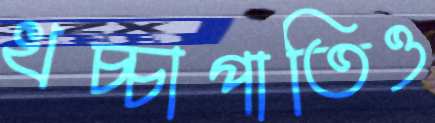
খচ্চাপাতিও